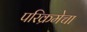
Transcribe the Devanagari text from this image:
परिक्रमेचा